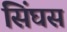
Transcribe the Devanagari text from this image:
सिंघस